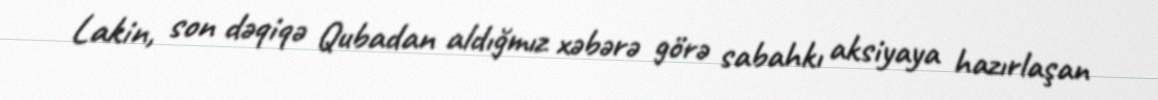
Lakin, son dəqiqə Qubadan aldığmız xəbərə görə sabahkı aksiyaya hazırlaşan